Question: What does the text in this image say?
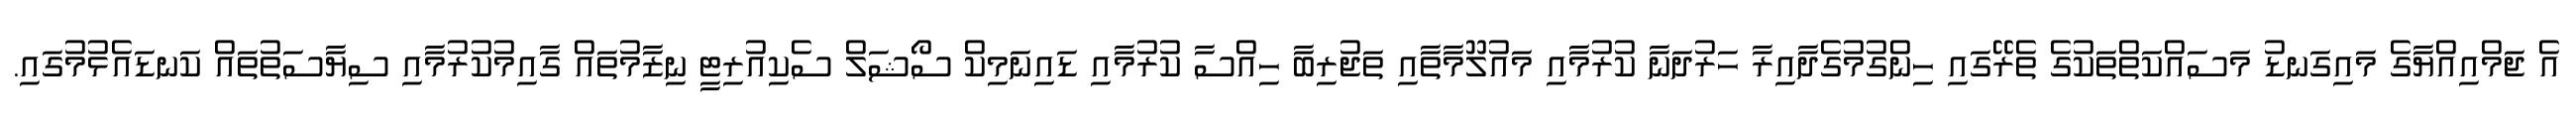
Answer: އެ ޖަމްއިއްޔާގެ މައިގަނޑު މަސައްކަތްތަކުގެ ތެރޭގައި ހިންގުމުގެދާއިރާ ހަރުދަނާ ކުރުމާއި މައުލޫމާތާއި ތަޖުރިބާ ހިއްސާ ކުރުމާއި ޑައިނަމިކް ސޯޝަލް ސެކިއުރިޓީ ނިޒާމުތައް ގާއިމުކުރުމާއި ސިޔާސަތުތައް ކަނޑައެޅުމުގައި.